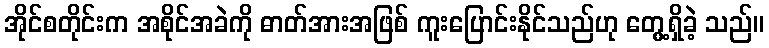
အိုင်စတိုင်းက အစိုင်အခဲကို ဓာတ်အားအဖြစ် ကူးပြောင်းနိုင်သည်ဟု တွေ့ရှိခဲ့ သည်။